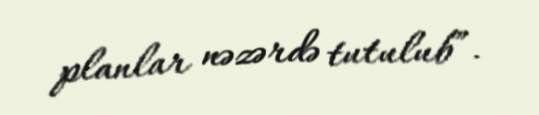
planlar nəzərdə tutulub”.